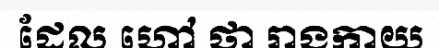
ដែល ហៅ ថា រាងកាយ